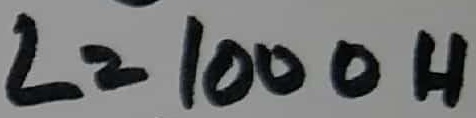
Text: L=1000H